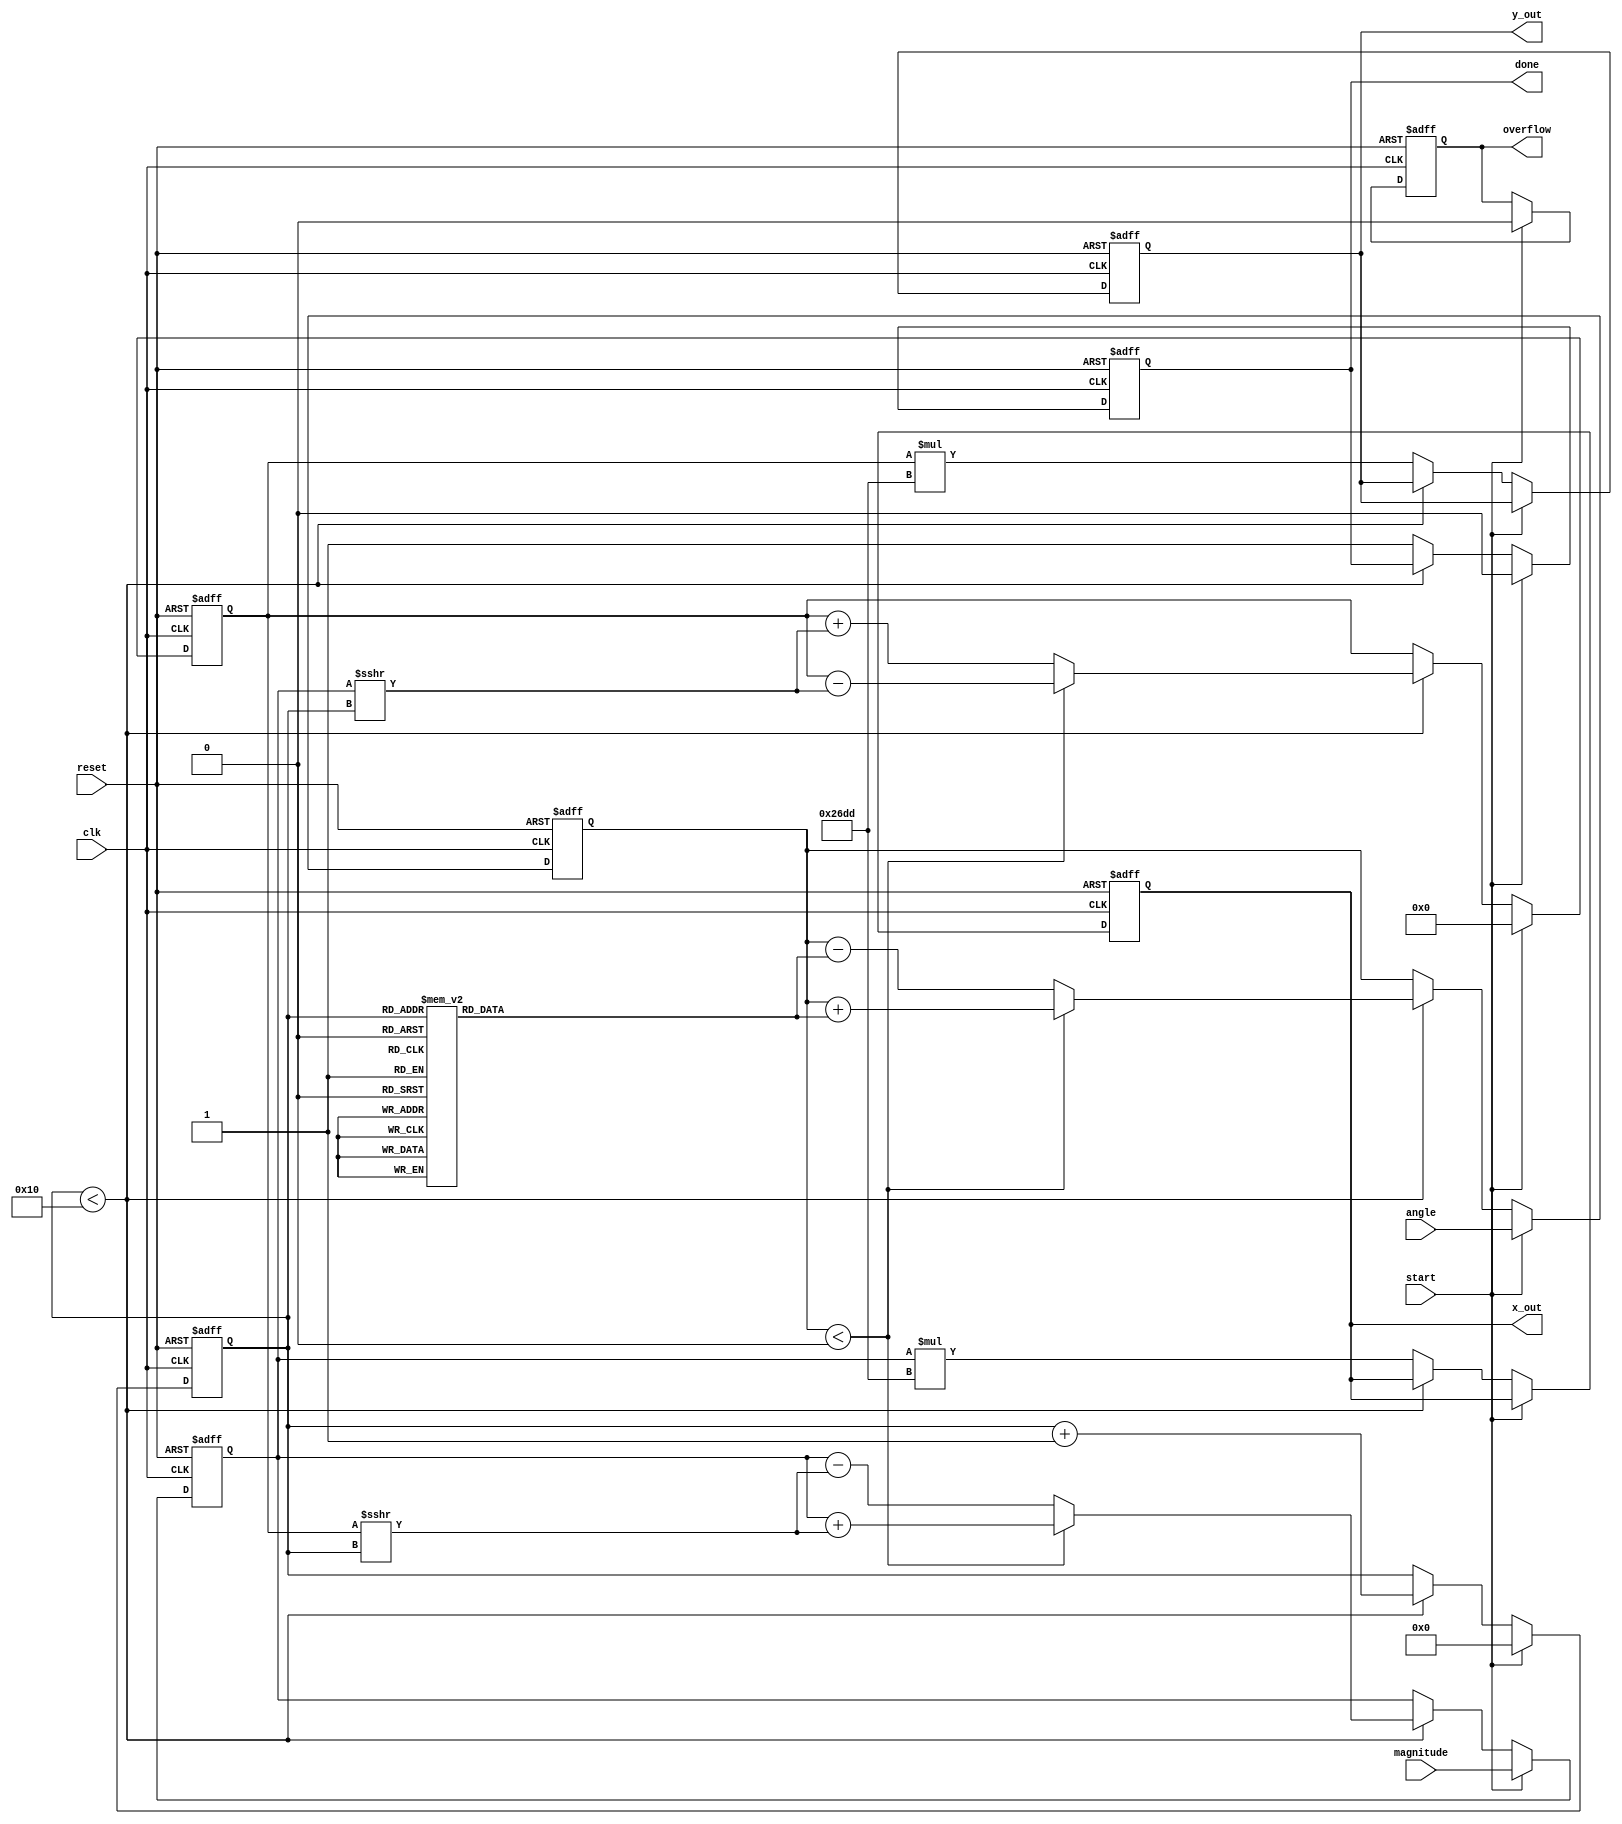
module cordic (
    input wire clk,
    input wire reset,
    input wire [15:0] angle, // Input angle in fixed-point format (e.g., Q15)
    input wire [15:0] magnitude, // Input magnitude vector
    input wire start,
    output reg signed [15:0] x_out, // Computed x (cosine)
    output reg signed [15:0] y_out, // Computed y (sine)
    output reg done, // Indicate completion
    output reg overflow
);

    // CORDIC parameters
    parameter NUM_ITERATIONS = 16; // Adjustable for precision
    parameter K = 16'h26DD; // Scaling factor (K is approximate of 0.607)

    // Lookup table for arctangent values
    reg [15:0] atan_lut [0:NUM_ITERATIONS-1];
    initial begin
        // Precomputed arctangent values in fixed-point format
        atan_lut[0] = 16'h4000; // atan(2^0)
        atan_lut[1] = 16'h2000; // atan(2^-1)
        atan_lut[2] = 16'h1333; // atan(2^-2)
        atan_lut[3] = 16'h0999; // atan(2^-3)
        atan_lut[4] = 16'h0666; // atan(2^-4)
        // Fill remaining LUT values here...
    end

    // Internal signals
    reg signed [15:0] x, y, z; // Current x, y, angle
    reg [3:0] iteration_count; // Iteration counter

    always @(posedge clk or posedge reset) begin
        if (reset) begin
            x <= 0;
            y <= 0;
            z <= 0;
            iteration_count <= 0;
            x_out <= 0;
            y_out <= 0;
            done <= 0;
            overflow <= 0;
        end else if (start) begin
            // Initialize the inputs
            x <= magnitude; // Initial x = magnitude
            y <= 0; // Initial y = 0
            z <= angle; // Input angle
            iteration_count <= 0;
            done <= 0;
            overflow <= 0;
        end else if (iteration_count < NUM_ITERATIONS) begin
            // CORDIC rotation algorithm
            if (z < 0) begin
                // Perform rotation
                x <= x + (y >>> iteration_count);
                y <= y - (x >>> iteration_count);
                z <= z + atan_lut[iteration_count]; // Adjust angle
            end else begin
                x <= x - (y >>> iteration_count);
                y <= y + (x >>> iteration_count);
                z <= z - atan_lut[iteration_count]; // Adjust angle
            end
            iteration_count <= iteration_count + 1;
        end else begin
            // Finished computation
            x_out <= x * K; // Scale by K
            y_out <= y * K; // Scale by K
            done <= 1;
            // Set overflow flag based on your criteria
        end
    end
endmodule